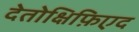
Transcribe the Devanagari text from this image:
देतोक्षिफ़िएद